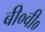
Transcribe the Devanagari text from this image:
बी०वी०